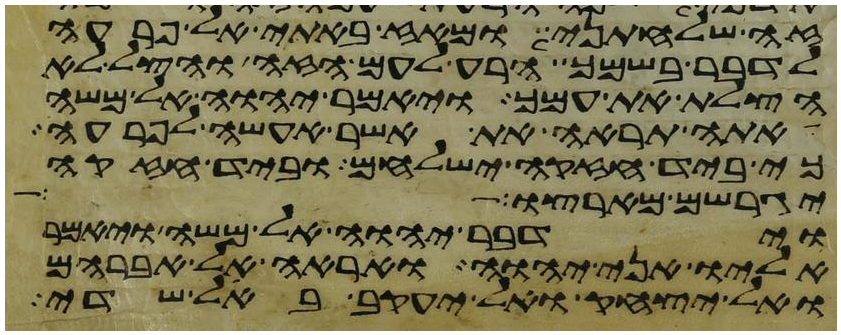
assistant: זה שלחתני ומאז באתי אל פרעה
לדבר בשמך הרע לעם הזה והצל לא
הצלת את עמך ויאמר יהוה אל משה
אתה תראה את אשר אעשה לפרעה
כי ביד חזקה ישלחם וביד חזקה
יגרשם מארצו
וידבר יהוה אל משה ויאמר
אליו אני יהוה ואראה אל אברהם
ואל יצחק ואל יעקב באל שדי